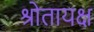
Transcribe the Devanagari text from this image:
श्रोतायक्ष